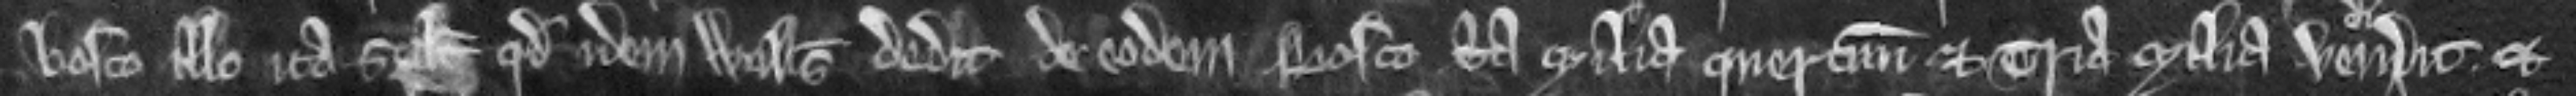
bosco illo ita scilicet quod idem Willelmus dedit de eodem bosco tria milia quercuum et tria milia vendidit et